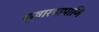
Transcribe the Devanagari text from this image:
क्षारपापाणि